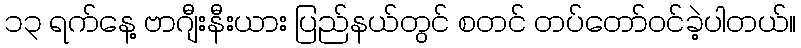
၁၃ ရက်နေ့ ဗာဂျီးနီးယား ပြည်နယ်တွင် စတင် တပ်တော်ဝင်ခဲ့ပါတယ်။